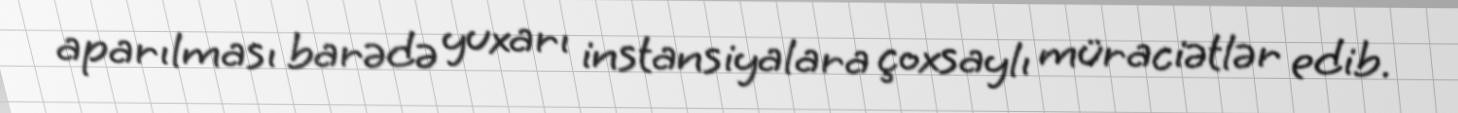
aparılması barədə yuxarı instansiyalara çoxsaylı müraciətlər edib.